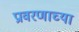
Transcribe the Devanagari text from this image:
प्रावरणाच्या